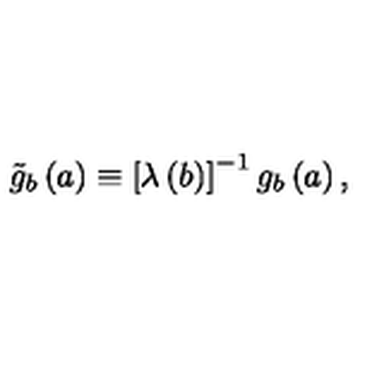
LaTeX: \tilde { g } _ { b } \left( a \right) \equiv \left[ \lambda \left( b \right) \right] ^ { - 1 } g _ { b } \left( a \right) ,